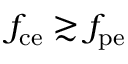
f _ { \mathrm { c e } } \gtrsim f _ { \mathrm { p e } }